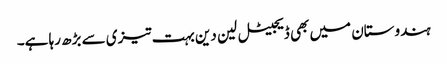
ہندوستان میں بھی ڈیجیٹل لین دین بہت تیزی سے بڑھ رہا ہے۔